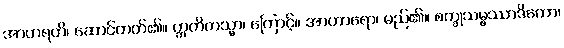
အာဟရတိ၊ ဆောင်တတ်၏။ ဣတိတသ္မာ၊ ကြောင့်။ အာဟာရော၊ မည်၏။ စက္ခုသမ္ဖဿာဒိကော၊